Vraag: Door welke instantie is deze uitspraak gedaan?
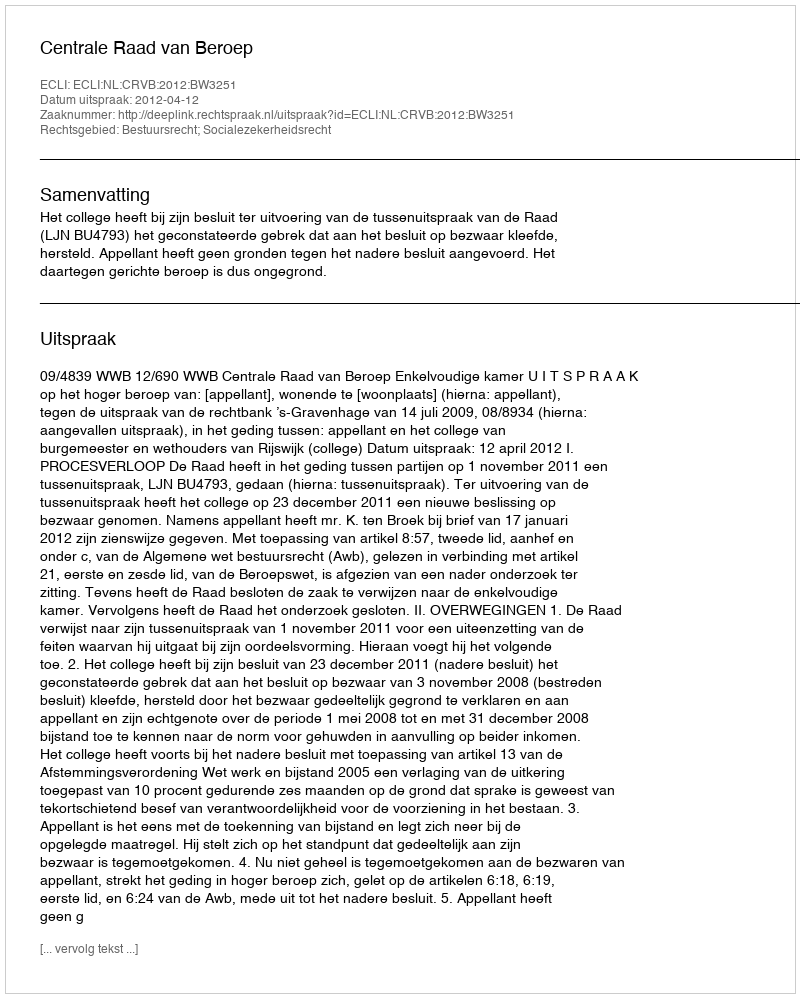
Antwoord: Centrale Raad van Beroep